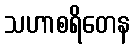
သဟာစရိတေန